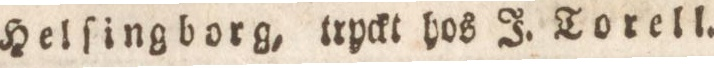
Helſingborg, tryckt hos J. Torell.